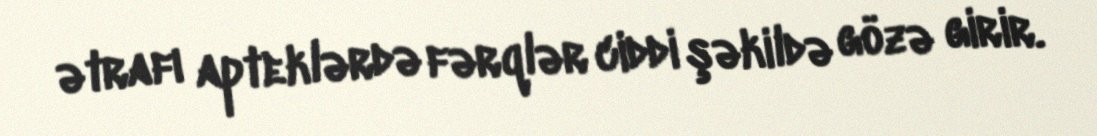
ətrafı apteklərdə fərqlər ciddi şəkildə gözə girir.